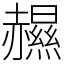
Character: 𧹽